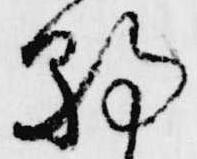
朝